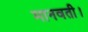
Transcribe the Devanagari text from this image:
मानवती।